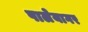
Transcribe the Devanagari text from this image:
पालेयागर